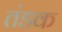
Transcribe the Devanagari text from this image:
तंडक